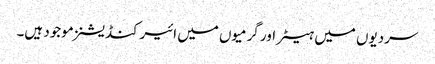
سردیوں میں ہیٹر اور گرمیوں میں ائیرکنڈیشنز موجود ہیں۔